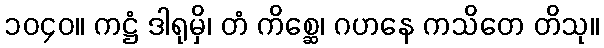
၁၀၄၀။ ကဋ္ဌံ ဒါရုမှိ၊ တံ ကိစ္ဆေ၊ ဂဟနေ ကသိတေ တိသု။